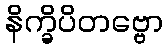
နိက္ခိပိတဗ္ဗော